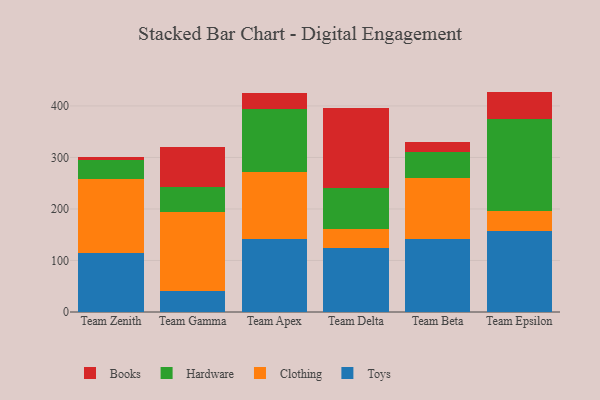
{"axis": {"x": "Team", "y": "Population (Million)"}, "legend": ["Books", "Clothing", "Hardware", "Toys"], "data": [{"x": "Team Zenith", "y": 114.4, "type": "Toys"}, {"x": "Team Zenith", "y": 142.8, "type": "Clothing"}, {"x": "Team Zenith", "y": 38.8, "type": "Hardware"}, {"x": "Team Zenith", "y": 5.3, "type": "Books"}, {"x": "Team Gamma", "y": 40.5, "type": "Toys"}, {"x": "Team Gamma", "y": 153.8, "type": "Clothing"}, {"x": "Team Gamma", "y": 48.0, "type": "Hardware"}, {"x": "Team Gamma", "y": 77.2, "type": "Books"}, {"x": "Team Apex", "y": 141.3, "type": "Toys"}, {"x": "Team Apex", "y": 130.8, "type": "Clothing"}, {"x": "Team Apex", "y": 121.6, "type": "Hardware"}, {"x": "Team Apex", "y": 30.7, "type": "Books"}, {"x": "Team Delta", "y": 124.1, "type": "Toys"}, {"x": "Team Delta", "y": 37.0, "type": "Clothing"}, {"x": "Team Delta", "y": 79.0, "type": "Hardware"}, {"x": "Team Delta", "y": 156.4, "type": "Books"}, {"x": "Team Beta", "y": 141.8, "type": "Toys"}, {"x": "Team Beta", "y": 117.8, "type": "Clothing"}, {"x": "Team Beta", "y": 50.1, "type": "Hardware"}, {"x": "Team Beta", "y": 20.0, "type": "Books"}, {"x": "Team Epsilon", "y": 157.1, "type": "Toys"}, {"x": "Team Epsilon", "y": 38.0, "type": "Clothing"}, {"x": "Team Epsilon", "y": 179.6, "type": "Hardware"}, {"x": "Team Epsilon", "y": 53.1, "type": "Books"}]}